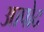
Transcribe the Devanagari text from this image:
आपोद